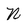
Character: N